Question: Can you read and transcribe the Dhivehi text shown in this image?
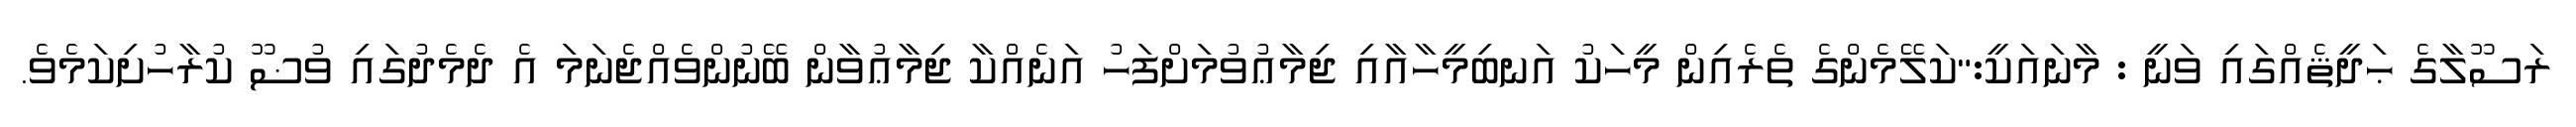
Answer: ރަސޫލާގެ ޙަދީޘެއްގައި ވަނީ : މާނައަކީ:"ކަލޭމެންގެ ތެރެއިން މީހަކު އަނބިމީހާއާއި ޖިމާޢުވުމަށްފަހު އަނެއްކާ ޖިމާޢުވާން ބޭނުންވެއްޖެނަމަ އެ ދެމެދުގައި ވުޟޫ ކުރާހުށިކަމެވެ.